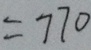
= 7 7 0